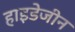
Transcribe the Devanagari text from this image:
हाइडेजीन